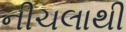
નીચલાથી